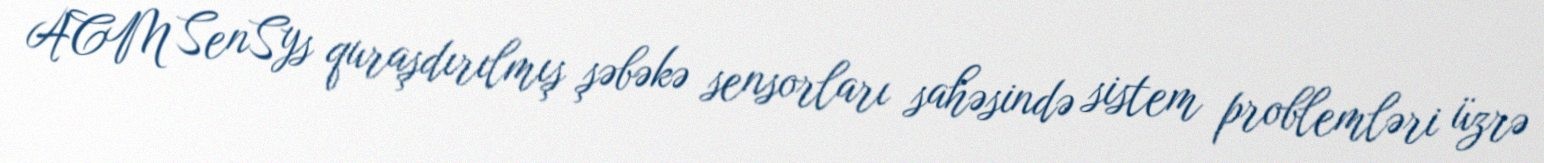
ACM SenSys quraşdırılmış şəbəkə sensorları sahəsində sistem problemləri üzrə